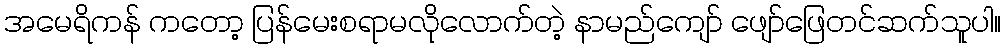
အမေရိကန် ကတော့ ပြန်မေးစရာမလိုလောက်တဲ့ နာမည်ကျော် ဖျော်ဖြေတင်ဆက်သူပါ။